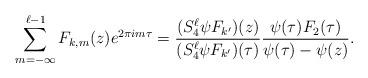
LaTeX: \begin{align*}\sum_{m=-\infty}^{\ell - 1} F_{k,m}(z)e^{2\pi i m \tau}=\frac{(S_4^{\ell} \psi F_{k'})(z)}{(S_4^{\ell} \psi F_{k'})(\tau)} \frac{\psi(\tau)F_2(\tau)}{\psi(\tau)-\psi(z)}.\end{align*}